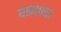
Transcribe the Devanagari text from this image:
घनशाम।